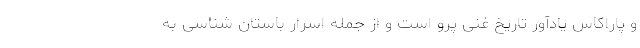
و پاراکاس یادآور تاریخ غنی پرو است و از جمله اسرار باستان شناسی به